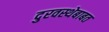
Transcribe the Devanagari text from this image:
दुरवस्थेबाबत